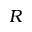
R